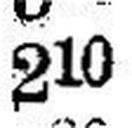
210